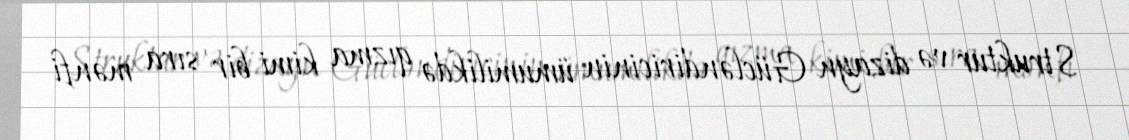
Struktur və dizayn Gücləndiricinin ümumilikdə qızma kimi bir sıra mənfi